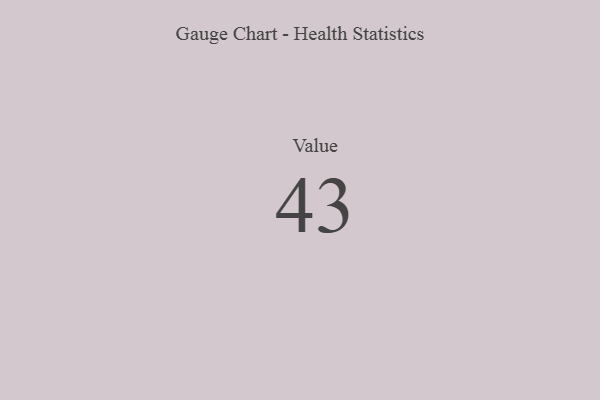
{"axis": {"x": "Metric", "y": "Value"}, "legend": [""], "data": [{"x": "Value", "y": 43, "type": ""}]}